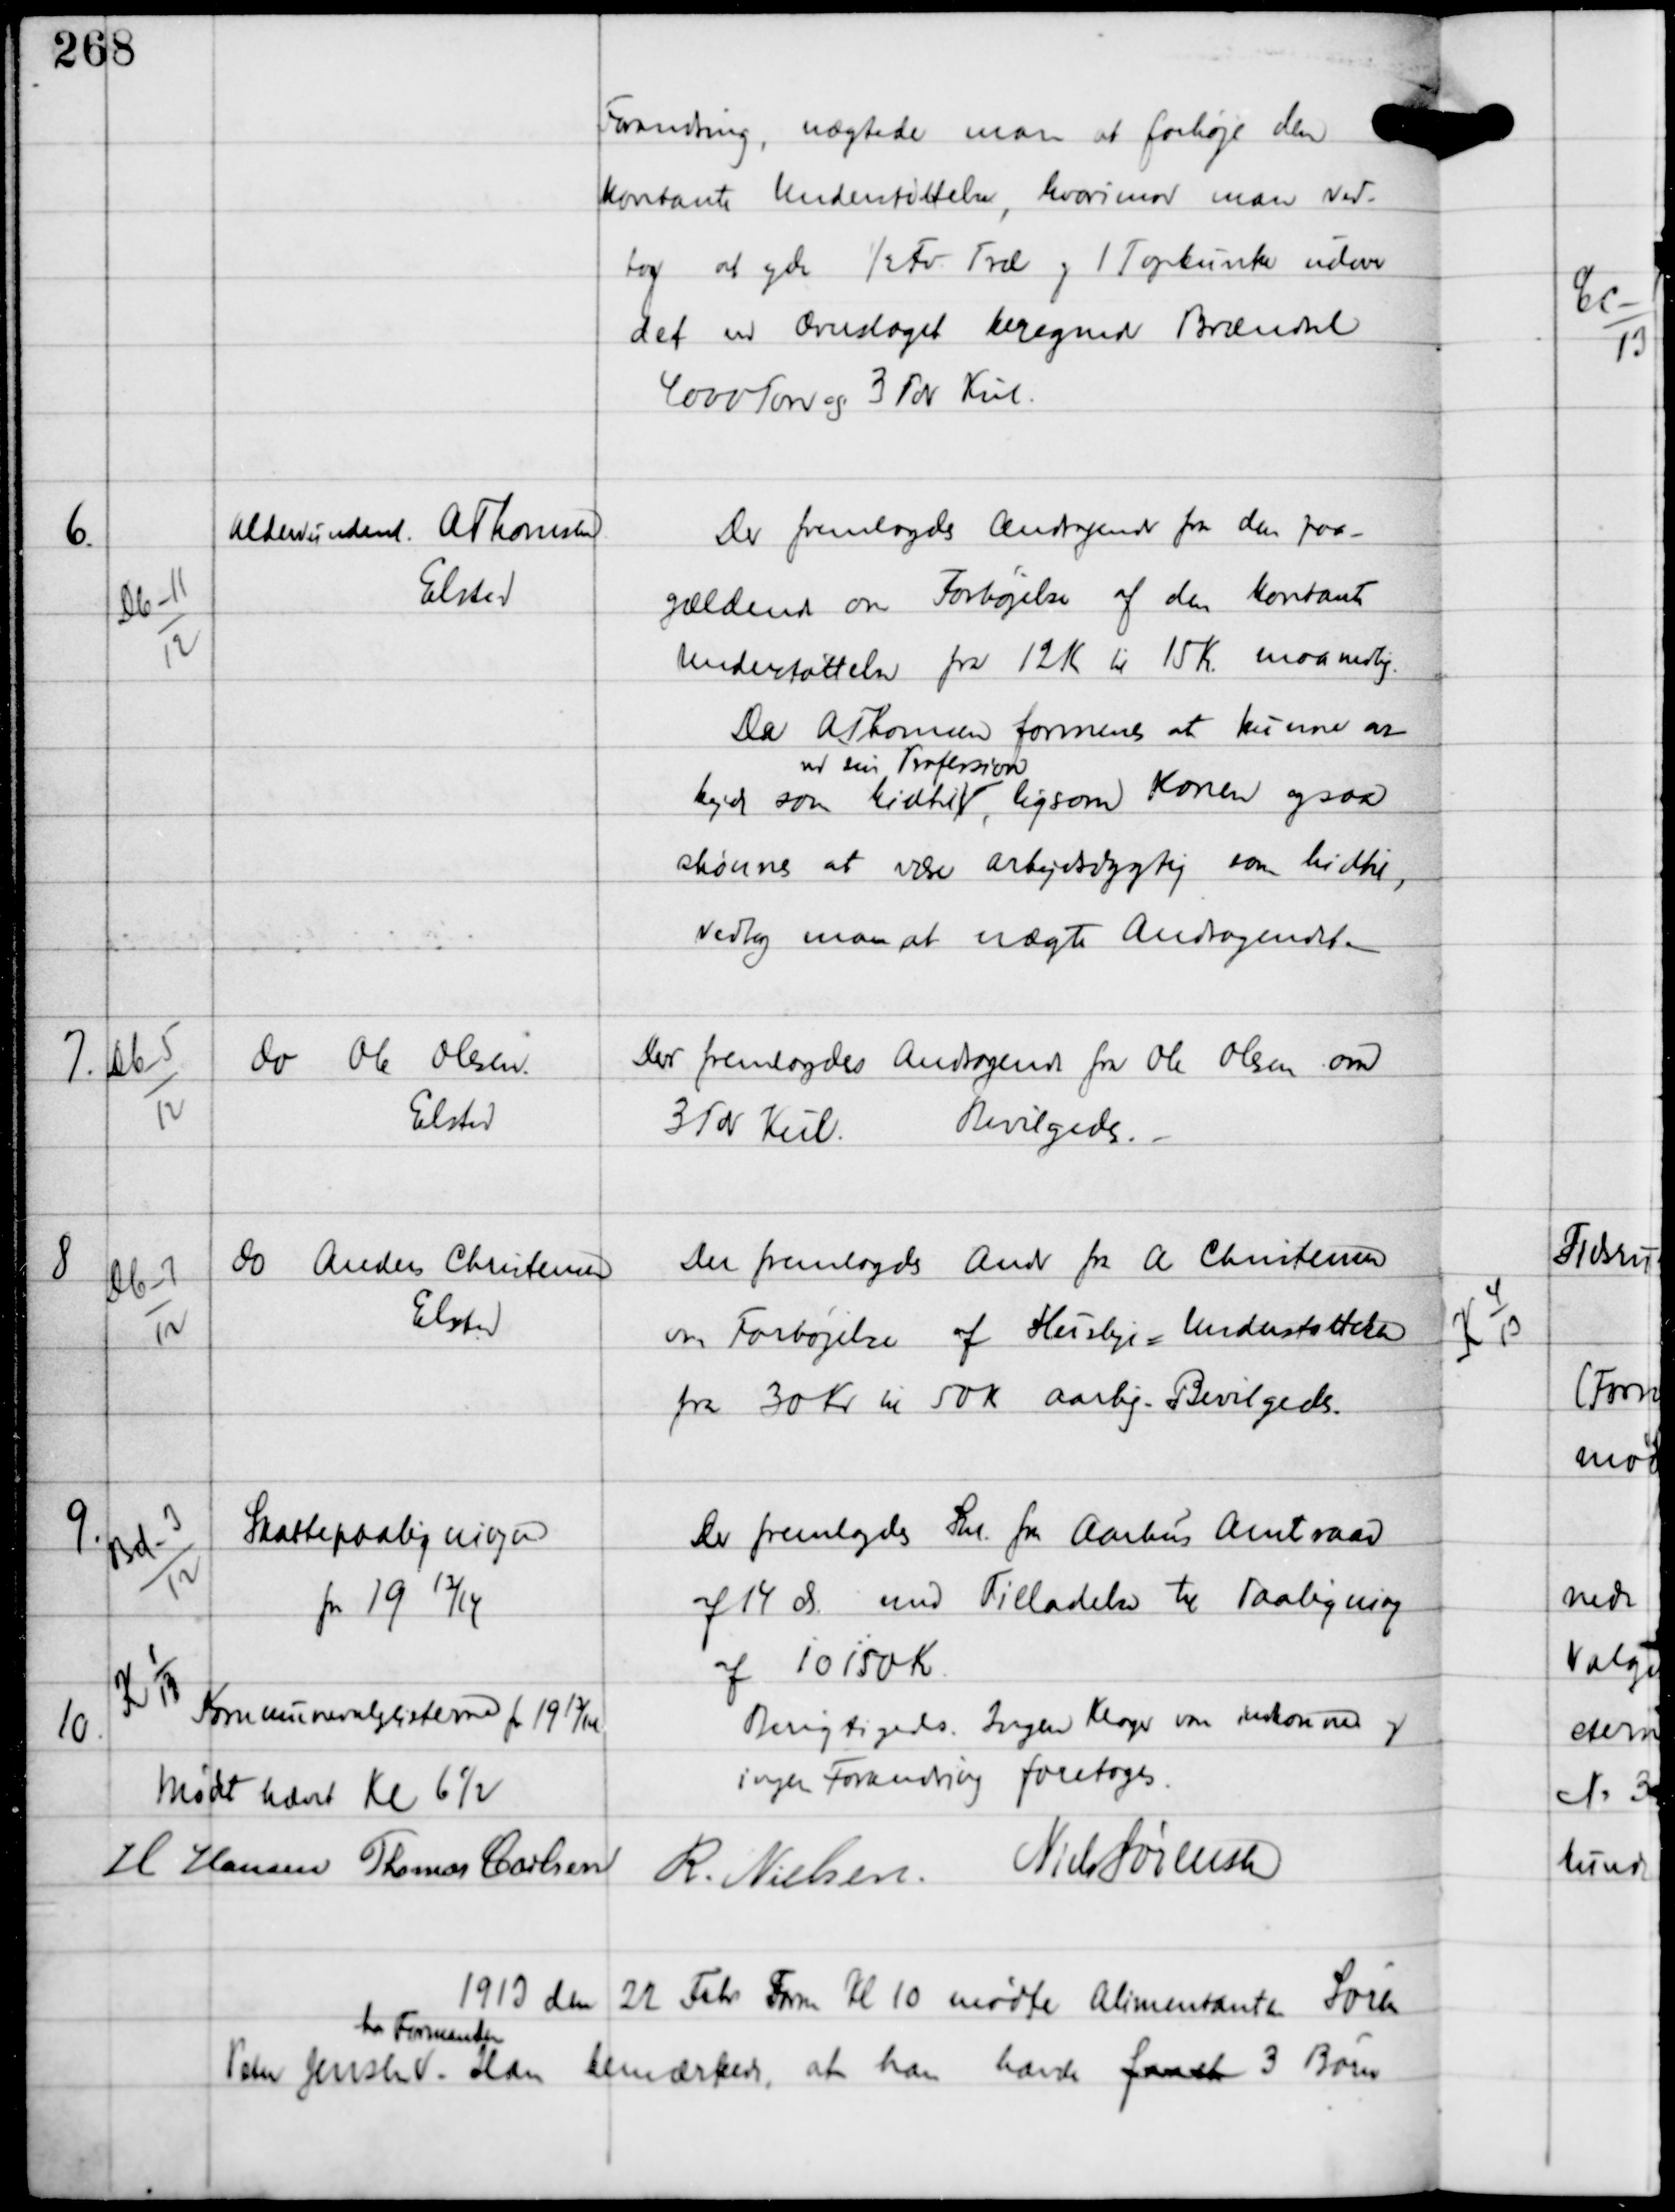
Transskription:
Forandring, nægtede man at forhøje den
kontante Understøttelse, hvorimod man ved-
tog at yde ½ Fv Træ og 1 Topbunke udover
det ved Overslaget beregnede Brændsel
4000 Tørv og 3 Tdr Kul.

6.

Db-11
12

Alderdunderst A Thomsen
Elsted

Der fremlagdes Andragende fra den paa-
gældende om Forhøjelse af den kontante
Understøttelse fra 12 Kr til 15 Kr maanedlig.
Da A Thomsen formenes at kunne ar-
bejde som hidtil
ved sin Profession
ligesom Konen ogsaa
skønnes at være arbejdsdygtig som hidtil,
vedtog man at nægte Andragendet. -

7.

Db-5
12

do Ole Olesen,
Elsted

Der fremlagdes Andragende fra Ole Olesen om
3 Tdr Kul.
Bevilgedes. -

8

Db-7
12

do Anders Christensen
Elsted

Der fremlagdes Andr fra A. Christensen
om Forhøjelse af Husleje - Understøttelsen
fra 30 Kr til 50 Kr aarlig. Bevilgedes.

9.

Bd-3
12

Skattepaaligninger
for 19 13/14

Der fremlagdes Skr fra Aarhus Amtsraad
af 14 ds med Tilladelse til Paaligning
af 10150 Kr

10.

K 1
13

Kommunevalglisterne for 1913/14

Berigtigelse. Ingen Klager var indkomne og
ingen Forandring foretoges.

Mødet hævet Kl 6½

H Hansen Thomas Carlsen
R. Nielsen Niels Sørensen

1913 den 22 Febr Form Kl 10 mødte Alimentante Søren
Peter Jensen
hos Formanden
Han bemærkede, at han havde faaet 3 Børn